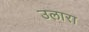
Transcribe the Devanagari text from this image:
उलारा